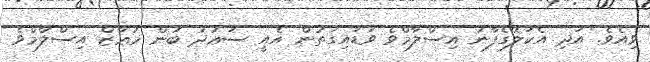
ވިއެވެ. އަދި އެކަލޭގެފާނު އިސްލާމްވެ ވަޑައިގަތުން އެއީ ސަޢުދު ބުން މުޢާޒް އިސްލާމްވެ